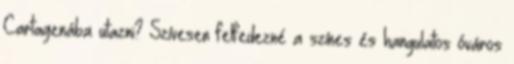
Cartagenába utazni? Szívesen felfedezné a színes és hangulatos óváros